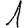
Digit: 1